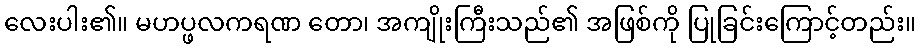
လေးပါး၏။ မဟပ္ဖလကရဏ တော၊ အကျိုးကြီးသည်၏ အဖြစ်ကို ပြုခြင်းကြောင့်တည်း။